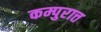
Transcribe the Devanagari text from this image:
कम्पुरात्त